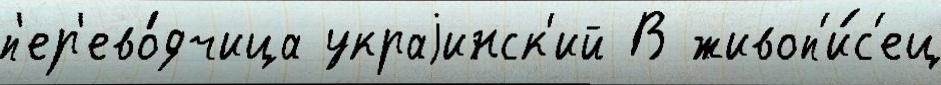
п'ер'ево́дчица украjинск'ий В живоп'и́с'ец